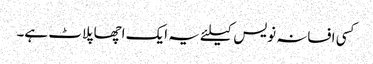
کسی افسانہ نویس کیلئے یہ ایک اچھا پلاٹ ہے۔